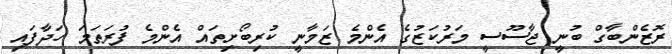
ރޮޒެންބާގް ބުނީ ޖާސޫސީ މަރުކަޒުގެ އެންމެ ޒަމާނީ ކުރިބޯށިތައް އެންމެ ފުރަތަމަ ހަދާފައި